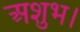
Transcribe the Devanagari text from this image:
अशुभ।